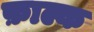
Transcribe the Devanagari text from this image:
फ़ाल्क